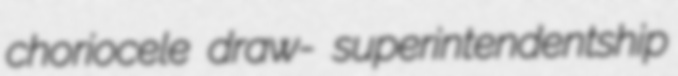
choriocele draw- superintendentship